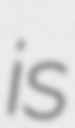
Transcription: is